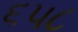
૬૫૮